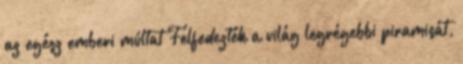
az egész emberi múltat Felfedezték a világ legrégebbi piramisát,